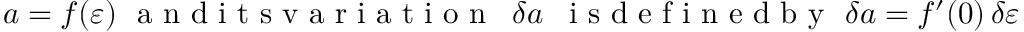
a = f ( \varepsilon ) \ \mathrm { ~ a ~ n ~ d ~ i ~ t ~ s ~ v ~ a ~ r ~ i ~ a ~ t ~ i ~ o ~ n ~ } \, \ \delta a \, \ \mathrm { ~ i ~ s ~ d ~ e ~ f ~ i ~ n ~ e ~ d ~ b ~ y ~ } \ \delta a = f ^ { \prime } ( 0 ) \, \delta \varepsilon